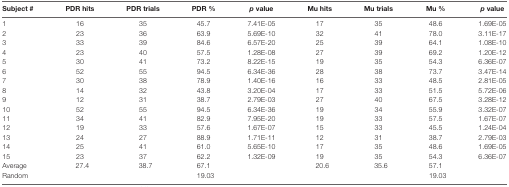
| Subject # | PDR hits | PDR trials | PDR % | p value | Mu hits | Mu trials | Mu % | p value |
 | --- | --- | --- | --- | --- | --- | --- | --- | --- |
 | 1 | 16 | 35 | 45.7 | 7.41E-05 | 17 | 35 | 48.6 | 1.69E-05 |
 | 2 | 23 | 36 | 63.9 | 5.69E-10 | 32 | 41 | 78.0 | 3.11E-17 |
 | 3 | 33 | 39 | 84.6 | 6.57E-20 | 25 | 39 | 64.1 | 1.08E-10 |
 | 4 | 23 | 40 | 57.5 | 1.28E-08 | 27 | 39 | 69.2 | 1.20E-12 |
 | 5 | 30 | 41 | 73.2 | 8.22E-15 | 19 | 35 | 54.3 | 6.36E-07 |
 | 6 | 52 | 55 | 94.5 | 6.34E-36 | 28 | 38 | 73.7 | 3.47E-14 |
 | 7 | 30 | 38 | 78.9 | 1.40E-16 | 16 | 33 | 48.5 | 2.81E-05 |
 | 8 | 14 | 32 | 43.8 | 3.20E-04 | 17 | 33 | 51.5 | 5.72E-06 |
 | 9 | 12 | 31 | 38.7 | 2.79E-03 | 27 | 40 | 67.5 | 3.28E-12 |
 | 10 | 52 | 55 | 94.5 | 6.34E-36 | 19 | 34 | 55.9 | 3.32E-07 |
 | 11 | 34 | 41 | 82.9 | 7.95E-20 | 19 | 33 | 57.5 | 1.67E-07 |
 | 12 | 19 | 33 | 57.6 | 1.67E-07 | 15 | 33 | 45.5 | 1.24E-04 |
 | 13 | 24 | 27 | 88.9 | 1.71E-11 | 12 | 31 | 38.7 | 2.79E-03 |
 | 14 | 25 | 41 | 61.0 | 5.65E-10 | 17 | 35 | 48.6 | 1.69E-05 |
 | 15 | 23 | 37 | 62.2 | 1.32E-09 | 19 | 35 | 54.3 | 6.36E-07 |
 | Average | 27.4 | 38.7 | 67.1 |  | 20.6 | 35.6 | 57.1 |  |
 | Random |  |  | 19.03 |  |  |  | 19.03 |  |